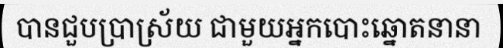
បានជួបប្រាស្រ័យ ជាមួយអ្នកបោះឆ្នោតនានា